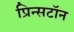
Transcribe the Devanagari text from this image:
प्रिन्सटॉन